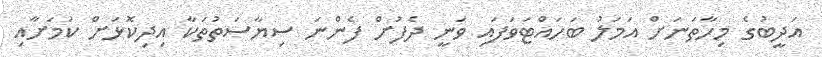
އަދީބުގެ މިހާތަނަށް އަމަލު ބަހައްޓަވަފައި ވަނީ ދެފުށް ފެންނަ ސިޔާސަތުތަކާ އިދިކޮޅަށް ކަމަށާއި